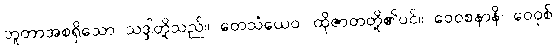
ဘူတာအစရှိသော သဒ္ဒါတို့သည်။ တေသံယေဝ၊ ထိုဇာတတို့၏ပင်။ ဝေဝစနာနိ၊ ဝေဝုစ်